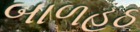
બાળહઠ